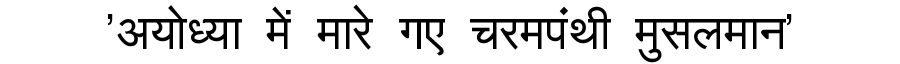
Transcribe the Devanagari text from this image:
'अयोध्या में मारे गए चरमपंथी मुसलमान'